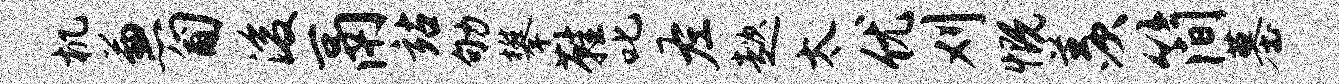
机兼匍浚鬲站劬攀鞋叱左趑太优刈慨羡简墓